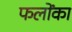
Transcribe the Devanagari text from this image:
फलोंका